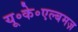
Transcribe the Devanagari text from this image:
यू॰के॰एल्बमज़